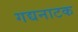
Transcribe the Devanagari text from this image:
गद्यनाटक